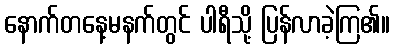
နောက်တနေ့မနက်တွင် ပါရီသို့ ပြန်လာခဲ့ကြ၏။